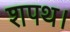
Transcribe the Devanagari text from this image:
शपथ।